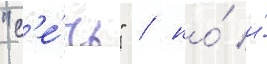
"с'е́чь" / но́ и́